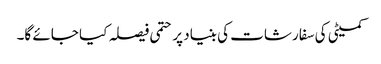
کمیٹی کی سفارشات کی بنیاد پر حتمی فیصلہ کیا جائے گا۔